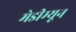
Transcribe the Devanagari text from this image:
मेडीम्यून